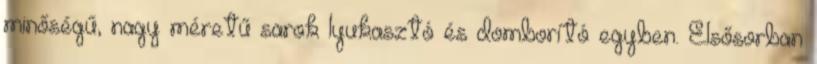
minőségű, nagy méretű sarok lyukasztó és domborító egyben. Elsősorban